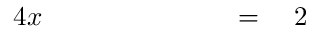
\begin{array} { r l r l r l r l } { { 4 } x } & { { } \quad } & { } & { { } \quad } & { } & { { } { } = { } } & { 2 } & { { } } \end{array}